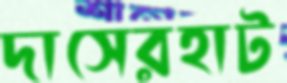
দাসেরহাট